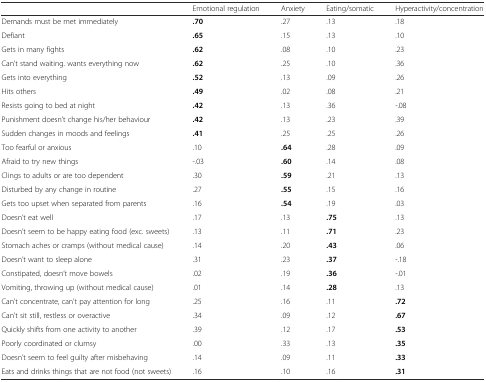
<table><thead><tr><td></td><td><b>Emotional regulation</b></td><td><b>Anxiety</b></td><td><b>Eating/somatic</b></td><td><b>Hyperactivity/concentration</b></td></tr></thead><tbody><tr><td>Demands must be met immediately</td><td><b>.70</b></td><td>.27</td><td>.13</td><td>.18</td></tr><tr><td>Defiant</td><td><b>.65</b></td><td>.15</td><td>.13</td><td>.10</td></tr><tr><td>Gets in many fights</td><td><b>.62</b></td><td>.08</td><td>.10</td><td>.23</td></tr><tr><td>Can’t stand waiting. wants everything now</td><td><b>.62</b></td><td>.25</td><td>.10</td><td>.36</td></tr><tr><td>Gets into everything</td><td><b>.52</b></td><td>.13</td><td>.09</td><td>.26</td></tr><tr><td>Hits others</td><td><b>.49</b></td><td>.02</td><td>.08</td><td>.21</td></tr><tr><td>Resists going to bed at night</td><td><b>.42</b></td><td>.13</td><td>.36</td><td>-.08</td></tr><tr><td>Punishment doesn’t change his/her behaviour</td><td><b>.42</b></td><td>.13</td><td>.23</td><td>.39</td></tr><tr><td>Sudden changes in moods and feelings</td><td><b>.41</b></td><td>.25</td><td>.25</td><td>.26</td></tr><tr><td>Too fearful or anxious</td><td>.10</td><td><b>.64</b></td><td>.28</td><td>.09</td></tr><tr><td>Afraid to try new things</td><td>-.03</td><td><b>.60</b></td><td>.14</td><td>.08</td></tr><tr><td>Clings to adults or are too dependent</td><td>.30</td><td><b>.59</b></td><td>.21</td><td>.13</td></tr><tr><td>Disturbed by any change in routine</td><td>.27</td><td><b>.55</b></td><td>.15</td><td>.16</td></tr><tr><td>Gets too upset when separated from parents</td><td>.16</td><td><b>.54</b></td><td>.19</td><td>.03</td></tr><tr><td>Doesn’t eat well</td><td>.17</td><td>.13</td><td><b>.75</b></td><td>.13</td></tr><tr><td>Doesn’t seem to be happy eating food (exc. sweets)</td><td>.13</td><td>.11</td><td><b>.71</b></td><td>.23</td></tr><tr><td>Stomach aches or cramps (without medical cause)</td><td>.14</td><td>.20</td><td><b>.43</b></td><td>.06</td></tr><tr><td>Doesn’t want to sleep alone</td><td>.31</td><td>.23</td><td><b>.37</b></td><td>-.18</td></tr><tr><td>Constipated, doesn’t move bowels</td><td>.02</td><td>.19</td><td><b>.36</b></td><td>-.01</td></tr><tr><td>Vomiting, throwing up (without medical cause)</td><td>.01</td><td>.14</td><td><b>.28</b></td><td>.13</td></tr><tr><td>Can’t concentrate, can’t pay attention for long</td><td>.25</td><td>.16</td><td>.11</td><td><b>.72</b></td></tr><tr><td>Can’t sit still, restless or overactive</td><td>.34</td><td>.09</td><td>.12</td><td><b>.67</b></td></tr><tr><td>Quickly shifts from one activity to another</td><td>.39</td><td>.12</td><td>.17</td><td><b>.53</b></td></tr><tr><td>Poorly coordinated or clumsy</td><td>.00</td><td>.33</td><td>.13</td><td><b>.35</b></td></tr><tr><td>Doesn’t seem to feel guilty after misbehaving</td><td>.14</td><td>.09</td><td>.11</td><td><b>.33</b></td></tr><tr><td>Eats and drinks things that are not food (not sweets)</td><td>.16</td><td>.10</td><td>.16</td><td><b>.31</b></td></tr></tbody></table>